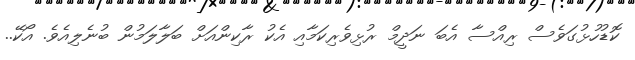
ކޮޑުހުޅުގަވެސް ރިއްސާ އެބަ ނަދީމް ރުޅިވެރިކަމާއި އެކު ރާކިންއަށް ބަލާލަމުން ބުނެލިއެވެ. އޯކޭ..